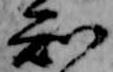
知